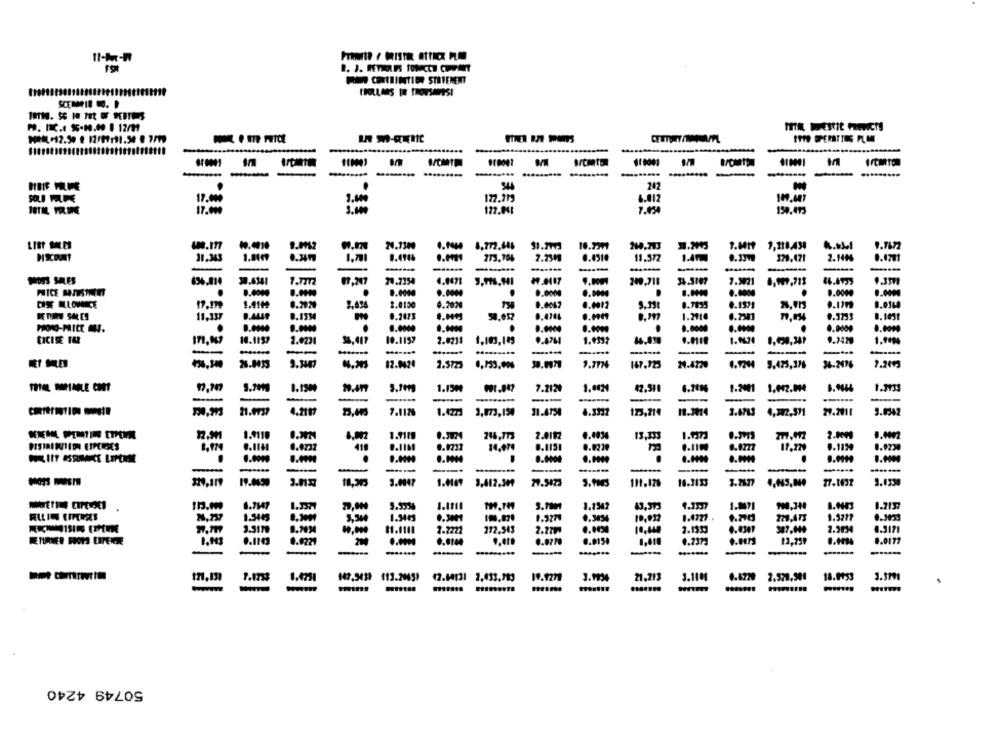
11-M-R
POR CERTAINTIEN STRTENENT
P. INC .: 55-19.00 1 12/11
THIA WESTIE PREDICTS
I919 OPERATING PLMM
410001
-
-
.........
17.440
3.600
177.119
6.412
109.447
17.199
3.000
122.043
7.054
154.493
24.7300
w.IT
9.0162
0.0000 4,772.106
268.703
1,110,438
9.7672
30.343
1.701
8.494%
273,70%
7.230
11.577
1.40J
379.47
2.140
0.1771
---
---
---
POS3 MILES
1.7m
6247
24.7354
4.9475
209.718
7.3021
8.0000
0.000
0.0000
CASE MULOMONICE
17.m
1.411
0.2920
2.0100
4.2020
0.0042
0.0012
9.33t
0.7835
0.1571
8.0164
11,337
0.1334
0.2473
1.2110
9.3733
8.1031
MONO-MILE .
8.0000
.
0.6000
ERCISE TAR
10.1157
2.0234
10.1157
2.0211
1,103,129
9.4764
1.9392
1.9424
0,450,341
9.7429
1.9094
-
-
-
-
-----.
.......
---
--
9.3447
12.9424
2.5723
1.7774
147.123
2.472.
4.1244
34.2016
7.2093
0.13H
29.477
1.150
7.2124
1.4424
42.510
1.2001
-
-
-
----
-
----
21.4737
4.211
7.1126
1.4223
3,073,15
11.4754
4.3332
123,214
3.4713
27.2111
5.8342
12.9H
1.9110
8,002
1.9119
216,773
2.0112
6.4034
13,333
2.10₩
4.0232
0.1131
0.123₽
0.1777
17.229
PHILIIT ASSUMECE LIPERME
0.6000
--
--**
--
19.0450
3.0047
1.109
3,412.30
27.5473
111,126
10.3153
3.7677
27.1432
3.4330
0.7147
1.1211
1.8071
TH.TH
1.1542
43,912
FELLIN EIPEIXES
1.3443
0.3270
0.3854
10,932
1.4727
9.790
9.3277
1.7034
11.1111
1.2221
272,343
7.779
10,440
2.1359
327,149
2.3034
0.3171
0.8221
0,0144
.. et
0.0720
0.0150
1,610
4.2373
0.0177
--
.......
1.473
147.3439 113.20491
12.84131 2,433.993
19.9271
3.1934
21.213
3.1101
0.4720
18.1753
3.319
.......
50749 4240